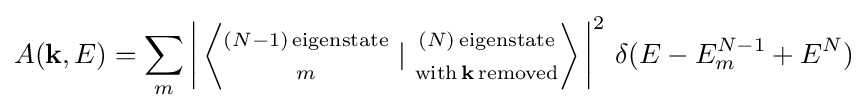
A(\mathbf {k} ,E)=\sum _{m}\left|\,\left\langle {\begin{matrix}{\scriptstyle (N-1)\,\mathrm {eigenstate} }\\{\scriptstyle m}\end{matrix}}\,\,|\,\,{\begin{matrix}{\scriptstyle (N)\,\mathrm {eigenstate} }\\{\scriptstyle \mathrm {with\,} \mathbf {k} \mathrm {\,removed} }\end{matrix}}\right\rangle \,\right|^{2}\,\delta (E-E_{m}^{N-1}+E^{N})